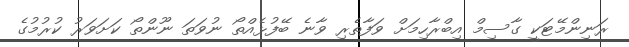
ރަނިންމޭޓަކީ ގާސިމް އިބްރާހިމަށް ވަފާތެރި ވާނެ ބޭފުޅެއްތޯ ނުވަތަ ނޫންތޯ ކަށަވަރު ކުރުމުގެ